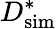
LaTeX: D_{\mathrm{sim}}^{*}